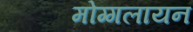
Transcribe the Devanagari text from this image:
मोग्गलायन